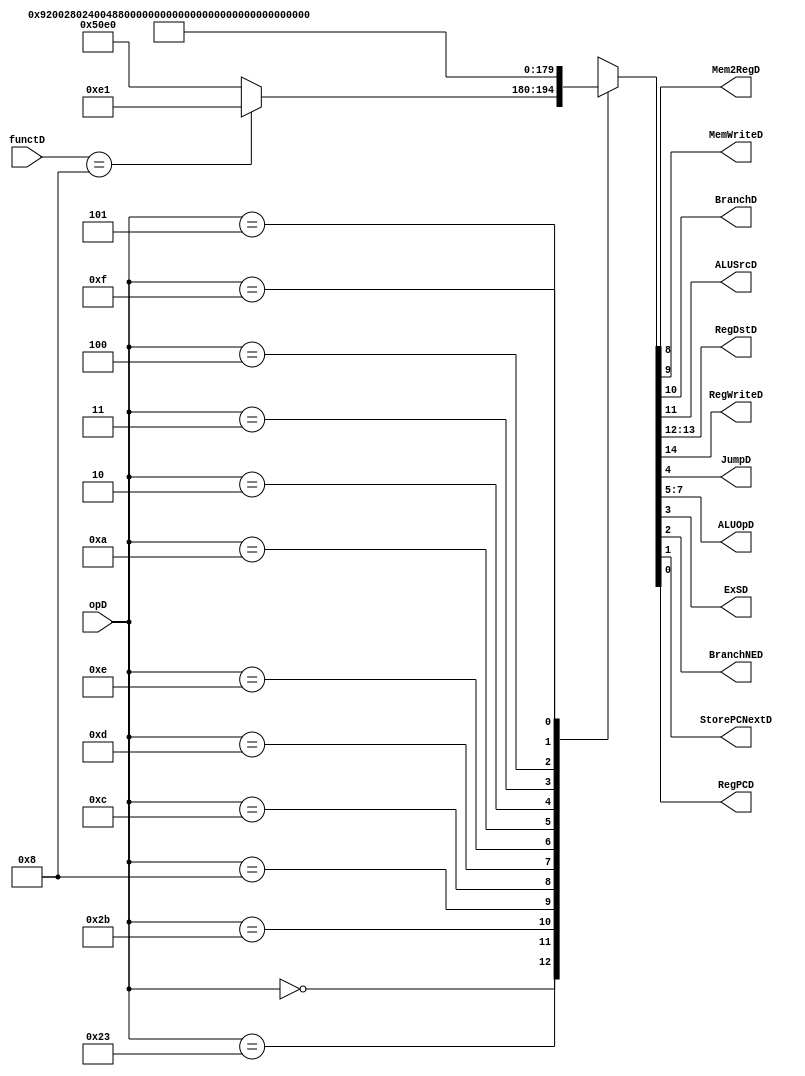
`timescale 1ns / 1ps
//////////////////////////////////////////////////////////////////////////////////
// Company: 
// Engineer: 
// 
// Design Name: 
// Module Name: maindec
// Project Name: 
// Target Devices: 
// Tool Versions: 
// Description: 
// 
// Dependencies: 
// 
// Revision:
// Revision 0.01 - File Created
// Additional Comments:
// 
//////////////////////////////////////////////////////////////////////////////////

//main decoder
module maindec(opD, functD, Mem2RegD, MemWriteD, BranchD, ALUSrcD, RegDstD, 
			   RegWriteD, JumpD, ALUOpD, ExSD, BranchNED, StorePCNextD, RegPCD);
	input [5:0] opD;
	input [5:0] functD;
	output Mem2RegD, MemWriteD;
	output BranchD;
	output ALUSrcD;
	output [1:0]RegDstD;
	output RegWriteD;
	output JumpD;
	output [2:0] ALUOpD;
	output ExSD;
	output BranchNED;
	output StorePCNextD;
	output RegPCD;
	//now we change ALUOp code:
		/* 000 addi
		 * 001 sub (beq)
		 * 010 andi
		 * 011 ori
		 * 100 slti
		 * 111 depend on function code (R type)
		 */
	reg [14:0] Controls;
	
	assign {RegWriteD, RegDstD, ALUSrcD, BranchD, MemWriteD, Mem2RegD, ALUOpD, JumpD, ExSD, BranchNED, StorePCNextD, RegPCD} = Controls;
	
	always @(*)
		case(opD)
		6'b000000: 
			case(functD)
				6'b001000: Controls <= 15'b000000011100001; //jr
				default: Controls <= 15'b101000011100000; //R type
			endcase
		6'b100011: Controls <= 15'b100100100000000; //lw
		6'b101011: Controls <= 15'b000101000000000; //sw
		6'b001000: Controls <= 15'b100100000000000; //addi
		6'b001100: Controls <= 15'b100100001001000; //andi
		6'b001101: Controls <= 15'b100100001101000; //ori
		6'b001110: Controls <= 15'b100100010101000; //xori
		6'b001010: Controls <= 15'b100100010000000; //slti
		6'b000010: Controls <= 15'b000000000010000; //j
		6'b000011: Controls <= 15'b110000000010010; //jal
		6'b000100: Controls <= 15'b000010000100000; //beq
		6'b000101: Controls <= 15'b000010000100100; //bne
		6'b001111: Controls <= 15'b100100011001000; //lui
		/* remark: here use Branch and Jump signal to seperate bne and beq:
		 * if Jump = 1 and Branch = 1, means bne;
		 * if Jump = 0 and Branch = 0, means beq;
		 */
		default: Controls <= 15'bxxxxxxxxxxxxxxx; //self design
		endcase
endmodule